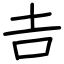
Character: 𠮷